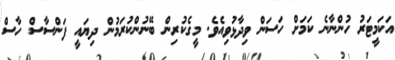
އަކަމީޓަރު ހުންނާނެ ކަމަށް ހަސަން ވިދާޅުވިއެވެ. މީގެކުރިން ބޭނުންކުރަމުން ދިޔައީ ފަންސާސް ހާސް